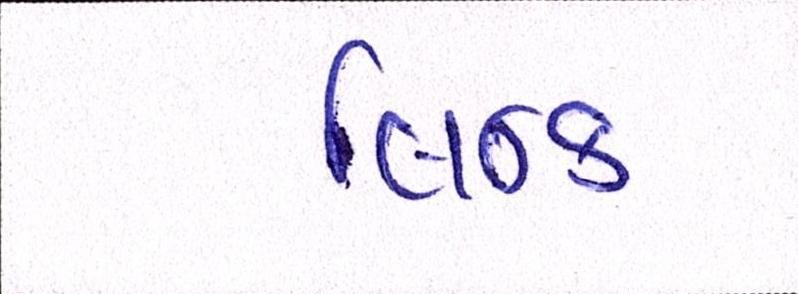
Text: લિન્ક